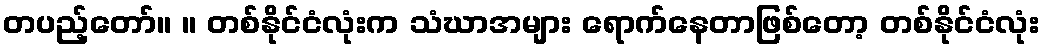
တပည့်တော်။ ။ တစ်နိုင်ငံလုံးက သံဃာအများ ရောက်နေတာဖြစ်တော့ တစ်နိုင်ငံလုံး